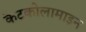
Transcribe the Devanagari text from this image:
केटकोलामाइन